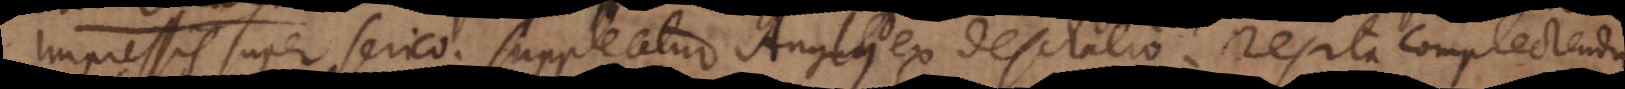
impressis super serico. Suppleatur Anglus ex Deschalio. Res ita complectenda